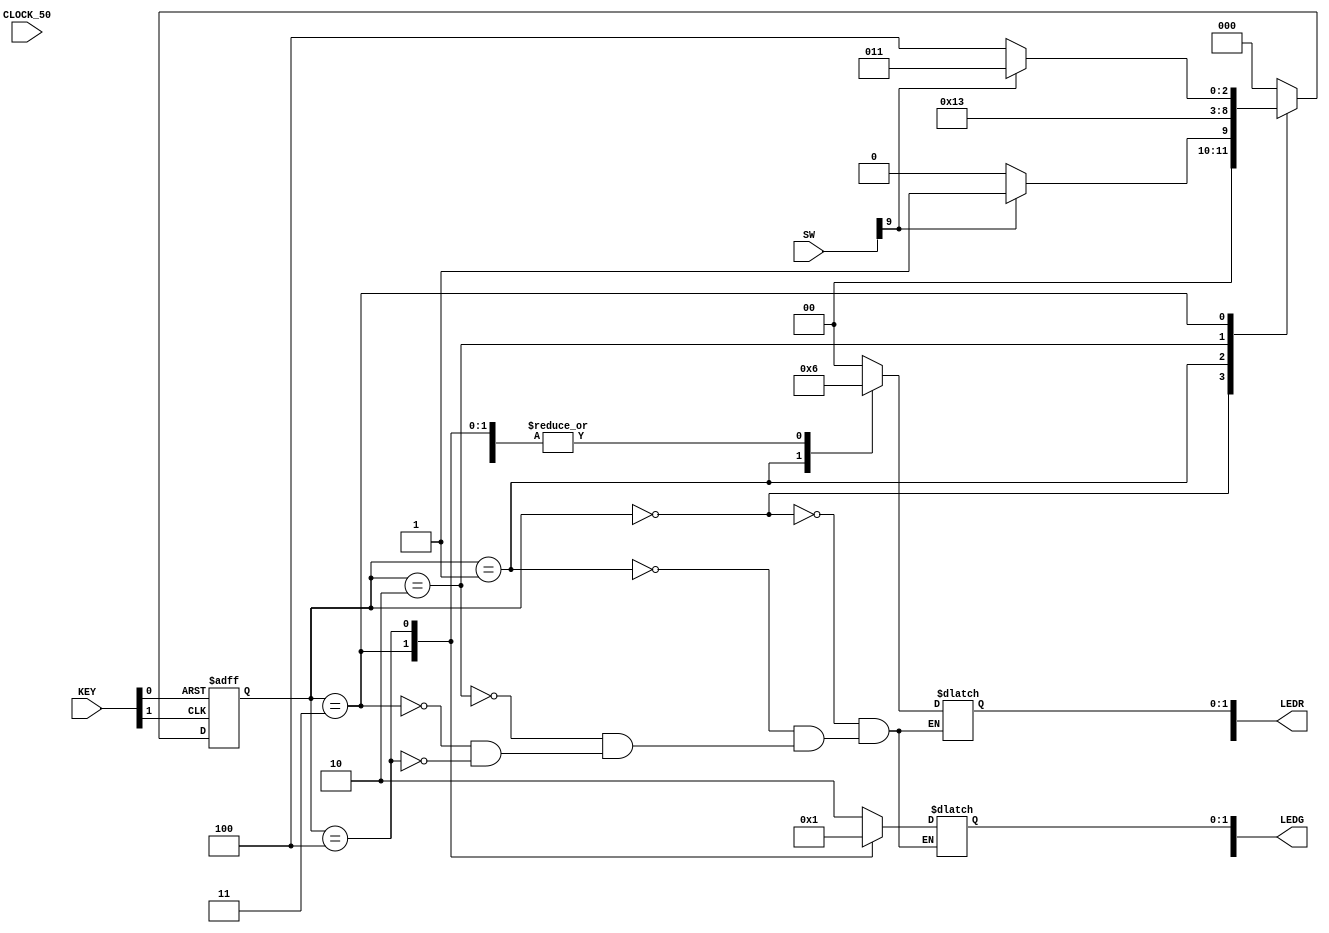
module originalCU
(
	input CLOCK_50,
	input [9:0]SW, //SW[9] = sensor X
	input [1:0]KEY, //clock and clear
	output wire [9:0] LEDG, LEDR
);


parameter s0 = 3'b000, s1 = 3'b001, s2 = 3'b010, s3 = 3'b011, s4 = 3'b100;
parameter G = 2'b00, Y = 2'b01, R = 2'b10; 
reg [2:0]state, n_state;
reg [1:0]hwy, cntry;

assign LEDR [1:0] = hwy;
assign LEDG [1:0] = cntry;

assign LEDR [9:7] = state;

always@(negedge KEY[1], negedge KEY[0]) //clock and clear
	if(!KEY[0])
		state <= s0;
	else
		state <= n_state;
		

always@(state, SW[9])
begin
	case(state)
	s0: if(SW[9])
			n_state = s1;
		else
			n_state = s0;
	s1:	n_state = s2;
	s2: n_state = s3;
	s3: if(SW[9])
			n_state = s3;
		else
			n_state = s4;
	s4: n_state = s0;
	default: n_state = s0;
	endcase
end

always@(state)
begin
	case(state)
	s0: begin
		hwy = G;
		cntry = R;
		end
	s1: begin
		hwy = Y;
		cntry = R;
		end
	s2: begin
		hwy = R;
		cntry = R;
		end
	s3: begin
		hwy = R;
		cntry = G;
		end
	s4: begin
		hwy = R;
		cntry = Y;
		end
	endcase
end
endmodule